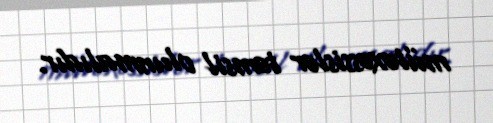
mütəxəssislər təmsil olunmalıdır.